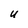
Character: U